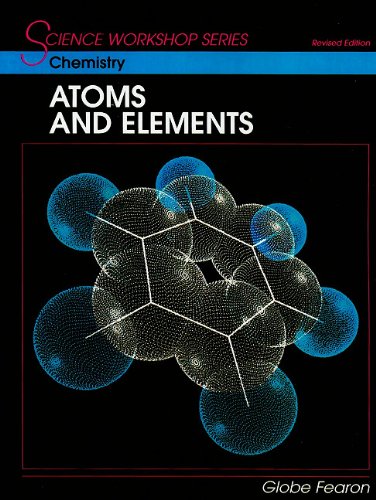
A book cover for SCIENCE WORKSHOP SERIES:CHEMISTRY/ATOMS & ELEMENTS STUDENT'S EDITION    2000C; GLOBE; Children's Books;